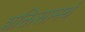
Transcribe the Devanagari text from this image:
शक्तिसामर्थ